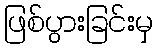
ဖြစ်ပွားခြင်းမှ